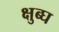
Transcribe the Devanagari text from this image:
क्षुब्घ